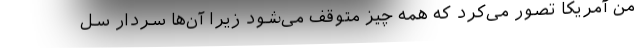
من آمریکا تصور می‌کرد که همه چیز متوقف می‌شود زیرا آن‌ها سردار سل